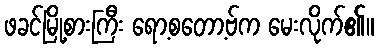
ဖခင်မြို့စားကြီး ရော့စတော့ဗ်က မေးလိုက်၏။